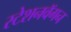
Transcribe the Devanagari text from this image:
स्टेशनवॅगन